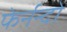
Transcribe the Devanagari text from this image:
फेर्नन्दो